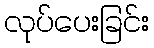
လုပ်ပေးခြင်း